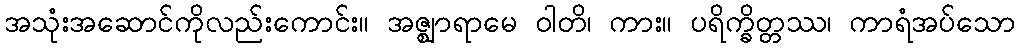
အသုံးအဆောင်ကိုလည်းကောင်း။ အဇ္ဈာရာမေ ဝါတိ၊ ကား။ ပရိက္ခိတ္တဿ၊ ကာရံအပ်သော